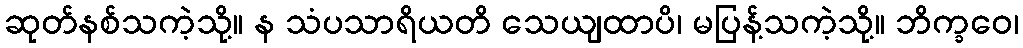
ဆုတ်နစ်သကဲ့သို့။ န သံပသာရိယတိ သေယျထာပိ၊ မပြန့်သကဲ့သို့။ ဘိက္ခဝေ၊